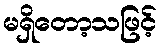
မရှိတော့သဖြင့်